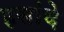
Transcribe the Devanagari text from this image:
हसांदे